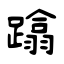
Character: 蹹